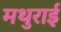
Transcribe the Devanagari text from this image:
मथुराई